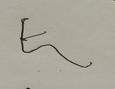
Signature authenticity: forged